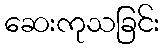
ဆေးကုသခြင်း